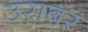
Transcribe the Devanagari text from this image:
उराबर